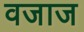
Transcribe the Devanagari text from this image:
वजाज